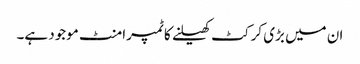
ان میں بڑی کرکٹ کھیلنے کا ٹمپرامنٹ موجود ہے۔